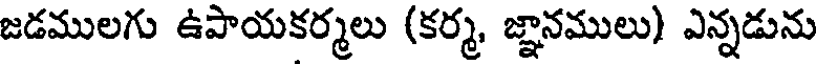
జడములగు ఉపాయకర్మలు (కర్మ, జ్ఞానములు) ఎన్నడును